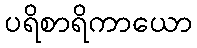
ပရိစာရိကာယော